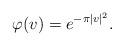
LaTeX: \begin{align*}\varphi(v)=e^{-\pi|v|^2}.\end{align*}